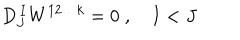
LaTeX: D _ { J } ^ { \, I } W ^ { 1 2 \ldots k } = 0 \; , \quad I < J